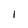
Character: 1